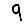
Digit: 9